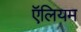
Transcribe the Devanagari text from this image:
ऍलियम